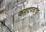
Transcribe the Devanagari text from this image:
कगदपत्रांचा